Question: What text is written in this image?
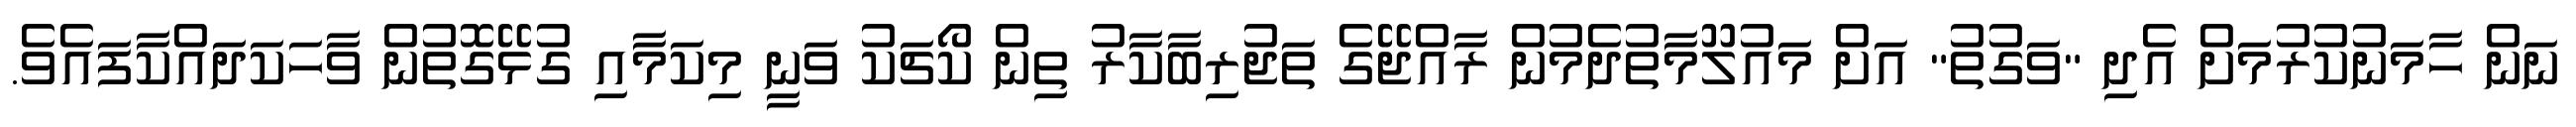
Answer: ނަން ހާމަނުކުރުމަށް އެދި "ވަގުތު" އަށް މައުލޫމާތުދެމުން ރާއްޖޭގެ ތަޖުރިބާކާރު ތިން ކޯޗަކު ވަނީ މިކަމާއި ގުޅޭގޮތުން ވާހަކަދައްކާފައެވެ.